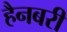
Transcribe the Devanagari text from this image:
हैनबरी